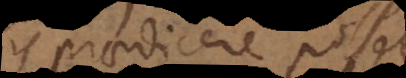
is praedicere posset